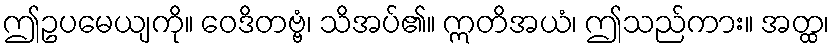
ဤဥပမေယျကို။ ဝေဒိတဗ္ဗံ၊ သိအပ်၏။ ဣတိအယံ၊ ဤသည်ကား။ အတ္ထ၊